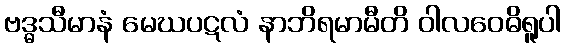
ဗဒ္ဓသီမာနံ မေဃပဋလံ နာဘိရမာမီတိ ဝါလဝေဓိရူပါ